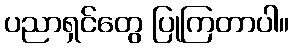
ပညာရှင်တွေ ပြုကြတာပါ။